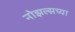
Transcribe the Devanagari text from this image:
नोझल्सच्या